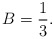
\begin{align*}B=\frac{1}{3}.\end{align*}